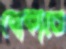
বোকাতে